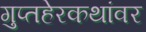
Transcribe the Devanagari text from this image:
गुप्तहेरकथांवर